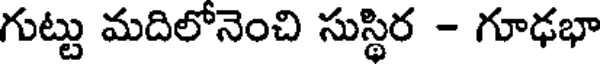
గుట్టు మదిలోనెంచి సుస్థిర - గూఢభా